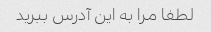
لطفا مرا به این آدرس ببرید